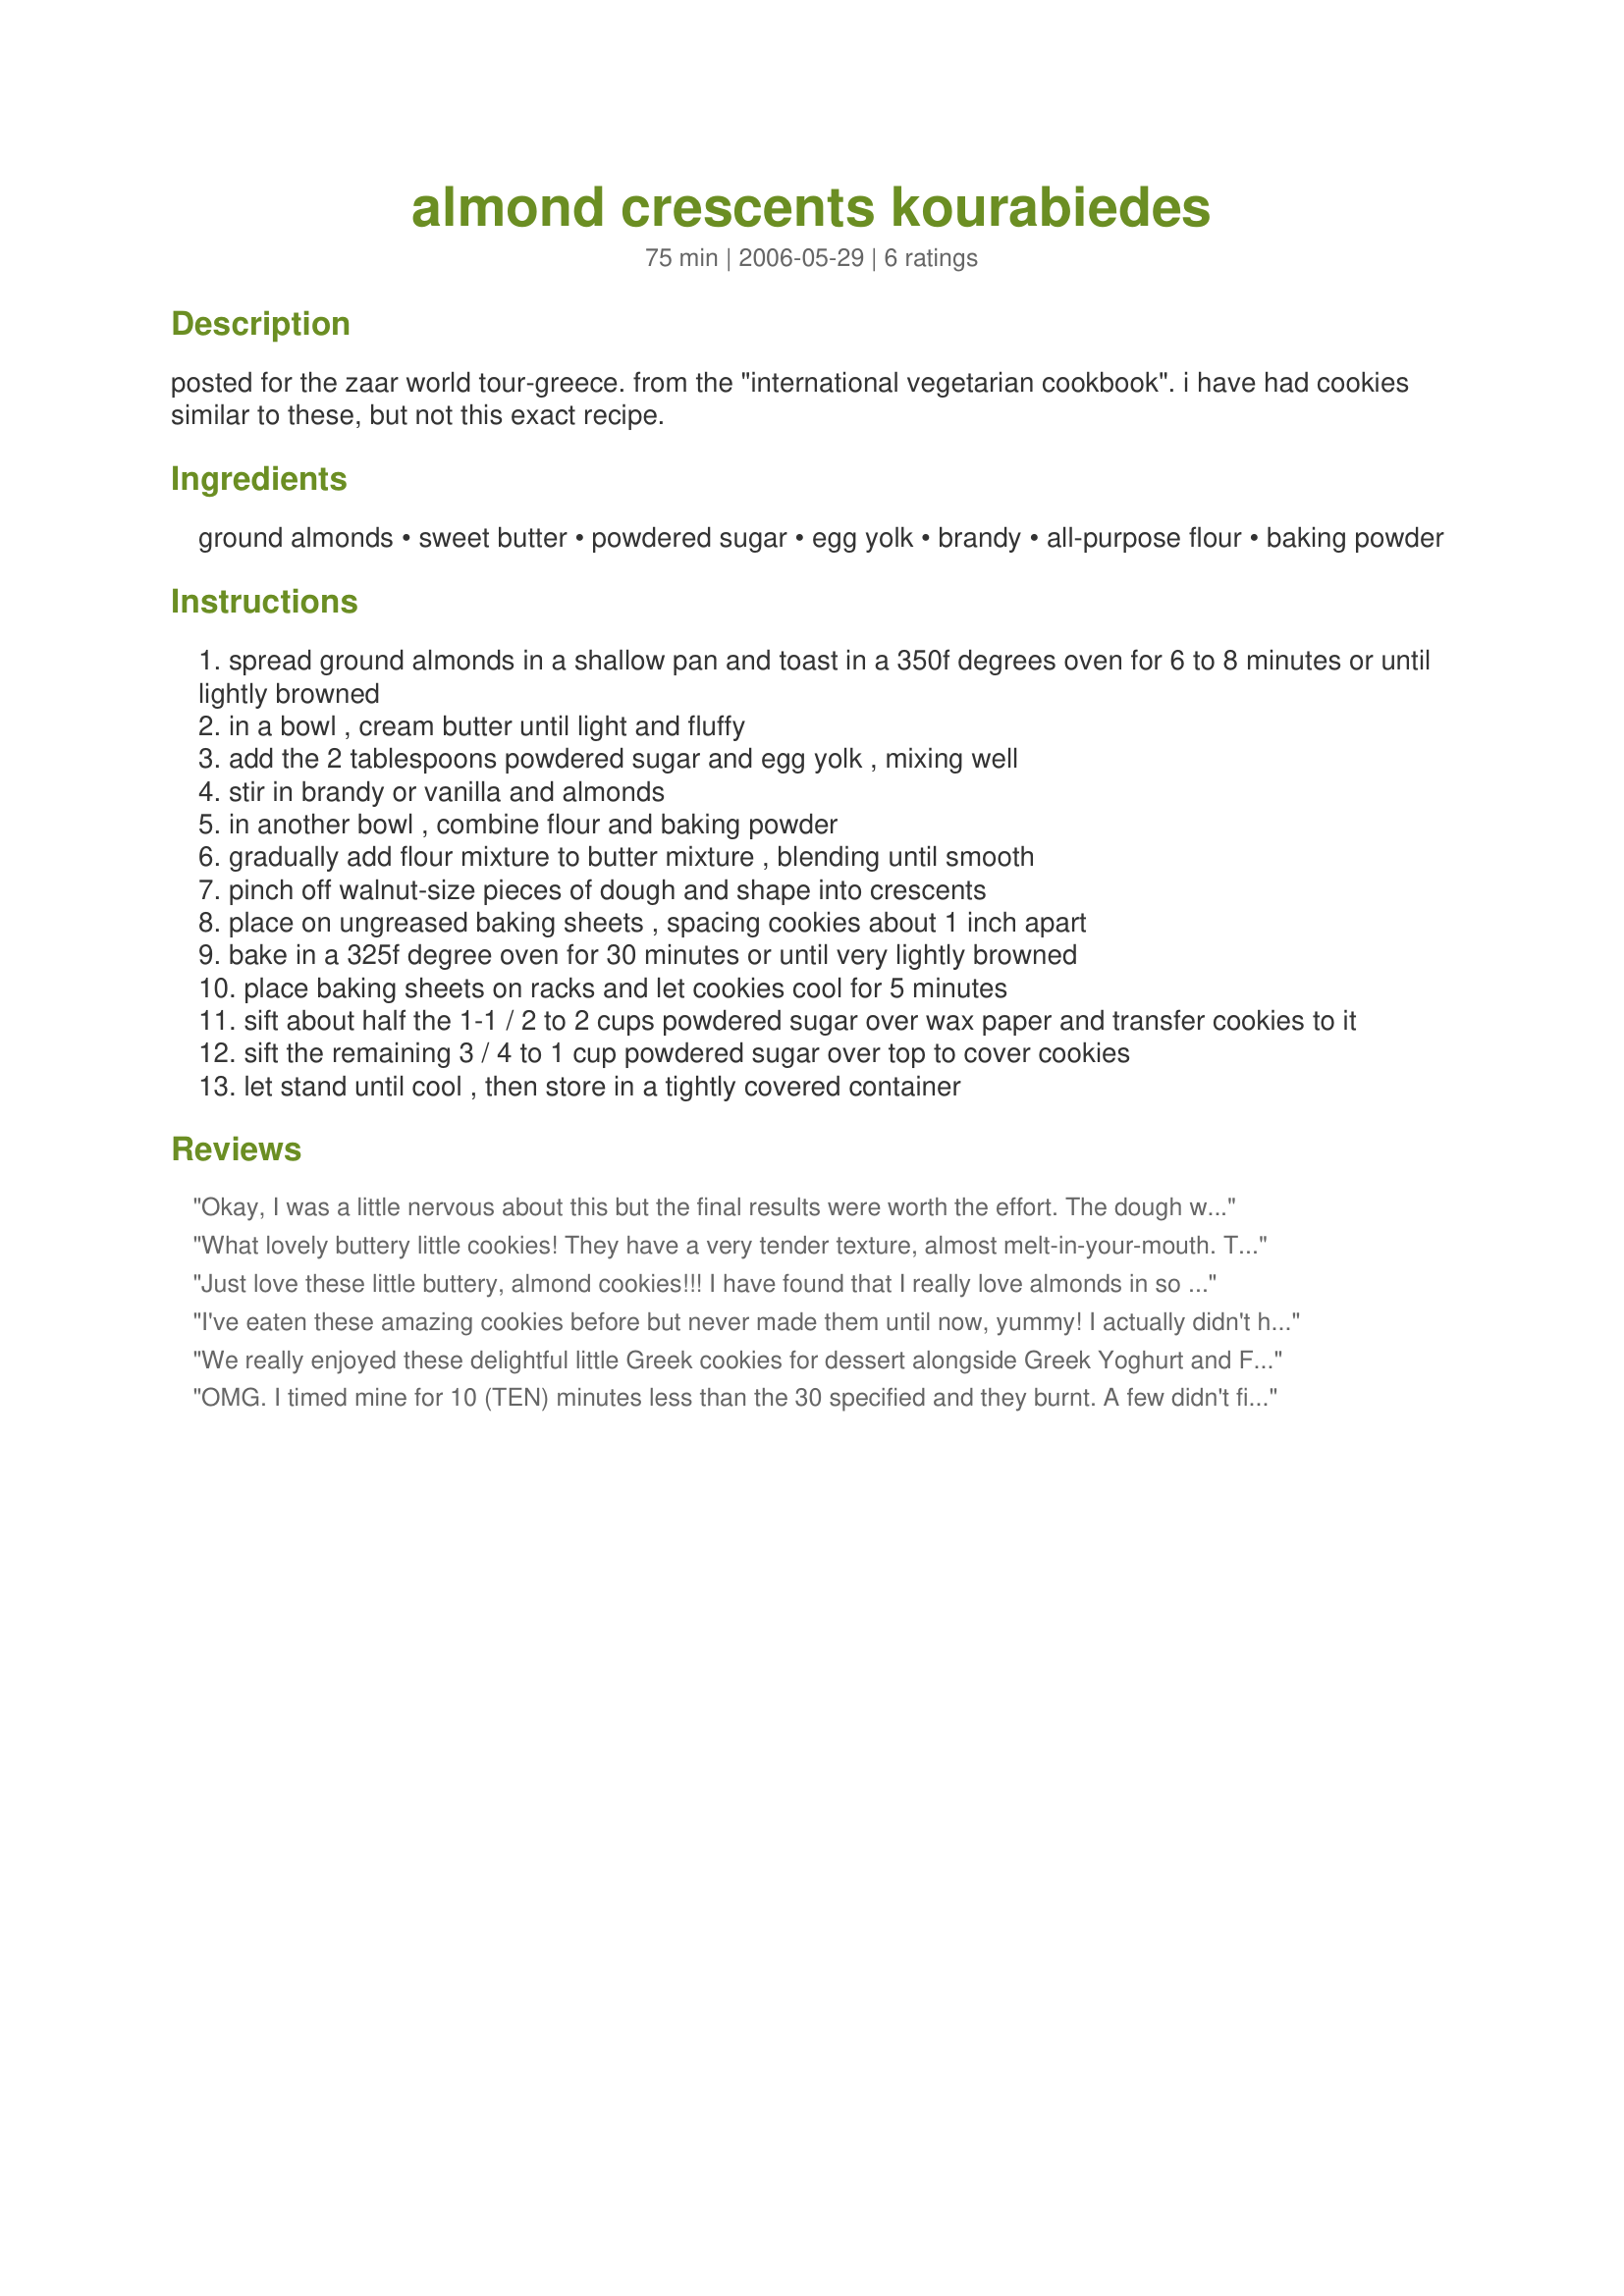
almond crescents kourabiedes
Preparation time: 75 minutes

posted for the zaar world tour-greece.
from the "international vegetarian cookbook". i have had cookies similar to these, but not this exact recipe.

Ingredients:
ground almonds, sweet butter, powdered sugar, egg yolk, brandy, all-purpose flour, baking powder

Steps:
spread ground almonds in a shallow pan and toast in a 350f degrees oven for 6 to 8 minutes or until lightly browned
in a bowl , cream butter until light and fluffy
add the 2 tablespoons powdered sugar and egg yolk , mixing well
stir in brandy or vanilla and almonds
in another bowl , combine flour and baking powder
gradually add flour mixture to butter mixture , blending until smooth
pinch off walnut-size pieces of dough and shape into crescents
place on ungreased baking sheets , spacing cookies about 1 inch apart
bake in a 325f degree oven for 30 minutes or until very lightly browned
place baking sheets on racks and let cookies cool for 5 minutes
sift about half the 1-1 / 2 to 2 cups powdered sugar over wax paper and transfer cookies to it
sift the remaining 3 / 4 to 1 cup powdered sugar over top to cover cookies
let stand until cool , then store in a tightly covered container

Reviews:
Okay, I was a little nervous about this but the final results were worth the effort. The dough was quite crumbly and needed a good bit of hand pressing to form the little cresents. Resisted the urge to add any more liquid. Once I popped them into the oven it was smooth sailing -- the cookies cooked perfectly in 30 minutes and were a very buttery lttle shortbread - not at all sweet. The sugar adhered easily from all the butter and gave the final cookie the missing sweetness. I wanted a bit more of the almond flavor to come through and would probably double it in the future. Messy but delicious. Thanks Bayhill.
What lovely buttery little cookies! They have a very tender texture, almost melt-in-your-mouth. They are not sweet, but they are flavorful. I used Mexican vanilla, but next time might try almond extract for even more almond flavor. I found the dough to be perfect for shaping, and not crumbly, and this is likely because my almonds were still a tiny bit warm from toasting. 30 minutes cooking time was exactly right. These would be wonderful with coffee or tea. But I can attest that they are difficult to step away from all by themselves! I will make these again! Thanks Bayhill! ZWT9
Just love these little buttery, almond cookies!!! I have found that I really love almonds in so many things and this was a new twist to use them ground up in cookies! I used my Kitchenaid Mixer to make it into a dough and didn&#039;t have any problems with it being crumbly. I made 1/2 of the recipe and opted to use the vanilla but next time would try the Brandy for a different flavor, bet it is good!! Thanks for sharing the recipe and congrats on another win in the football pool this year!!!
I've eaten these amazing cookies before but never made them until now, yummy! I actually didn't have the problem of crumbly dough, mine was a little too sticky and could've used a tad more flour. Sooo addictive though and very pretty delicate cookies.Thanks for sharing this, my Greek boyfriend loved them! Made for ZWT6 Queens of Quisine!
We really enjoyed these delightful little Greek cookies for dessert alongside Greek Yoghurt and Fruit Salad #166623 during the first leg of Zaar World Tour II. A couple teaspoonfuls cold water added to the dough made it less crumbly and more workable. Thanks for sharing this recipe!
OMG. I timed mine for 10 (TEN) minutes less than the 30 specified and they burnt. A few didn't fit on the cookie sheet, so I have 9 (nine) cookies for my Easter guests. I'd say, CHECK YOUR OVEN EVERY FEW MINUTES.
